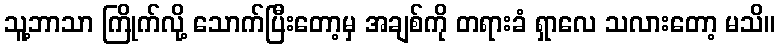
သူ့ဘာသာ ကြိုက်လို့ သောက်ပြီးတော့မှ အချစ်ကို တရားခံ ရှာလေ သလားတော့ မသိ။